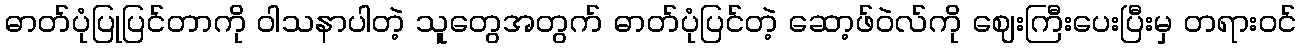
ဓာတ်ပုံပြုပြင်တာကို ဝါသနာပါတဲ့ သူတွေအတွက် ဓာတ်ပုံပြင်တဲ့ ဆော့ဖ်ဝဲလ်ကို ဈေးကြီးပေးပြီးမှ တရားဝင်